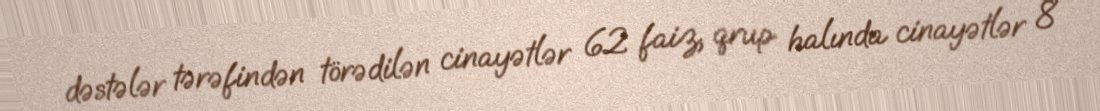
dəstələr tərəfindən törədilən cinayətlər 62 faiz, qrup halında cinayətlər 8